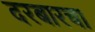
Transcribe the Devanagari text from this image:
दरबारचा